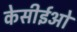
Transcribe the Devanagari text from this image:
केसीईओ